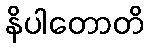
နိပါတောတိ